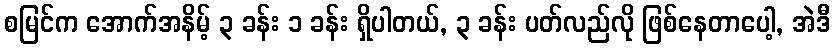
စမြင်က အောက်အနိမ့် ၃ ခန်း ၁ ခန်း ရှိပါတယ်, ၃ ခန်း ပတ်လည်လို ဖြစ်နေတာပေါ့, အဲဒီ